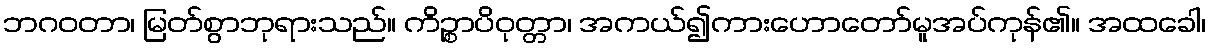
ဘဂဝတာ၊ မြတ်စွာဘုရားသည်။ ကိဉ္စာပိဝုတ္တာ၊ အကယ်၍ကားဟောတော်မူအပ်ကုန်၏။ အထခေါ၊